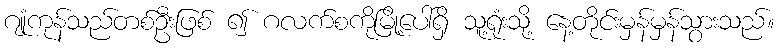
ဂျုံကုန်သည်တစ်ဦးဖြစ် ၍ ဂလက်စကိုမြို့ပေါ်ရှိ သူ့ရုံးသို့ နေ့တိုင်းမှန်မှန်သွားသည်။